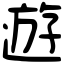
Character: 遊